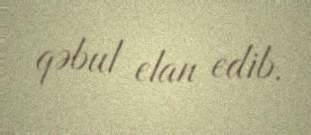
qəbul elan edib.